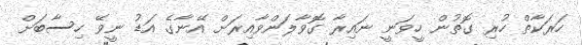
ހަރަކާތް ހުރި ގޮތުން ހީވަނީ ނައިރާ ގޮވާލަންވާއިރަށް އޭނާގެ އަޑު ނީވޭ ހިސާބަށް